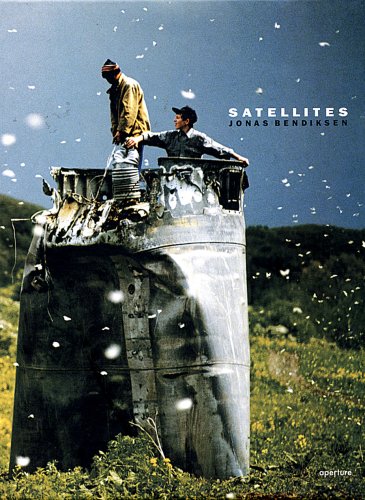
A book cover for Jonas Bendiksen: Satellites; Arts & Photography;